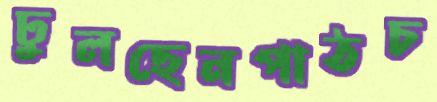
ঢুলছেনপাঠচ